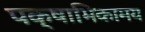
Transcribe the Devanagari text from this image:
पक्षाभिकामय